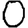
Digit: 0